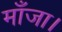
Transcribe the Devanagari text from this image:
माँजा।